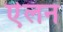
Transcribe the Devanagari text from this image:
एेलन